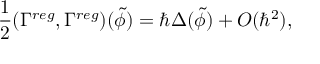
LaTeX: \frac 1 2 ( \Gamma ^ { r e g } , \Gamma ^ { r e g } ) ( \tilde { \phi } ) = \hbar \Delta ( \tilde { \phi } ) + O ( \hbar ^ { 2 } ) ,